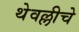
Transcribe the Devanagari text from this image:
थेवल्लीचे